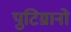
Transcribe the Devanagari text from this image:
पुटिग्नानो